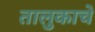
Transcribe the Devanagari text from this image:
तालुकाचे